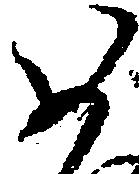
如